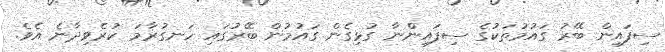
ސިފައިން ބޭރު ގައުމުތަކުގެ ސިފައިންނާ ގުޅިގެން ގައުމުން ބޭރުގައި ހަނގުރާމަ ކުރެވިދާނެ އެވެ.